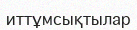
иттұмсықтылар